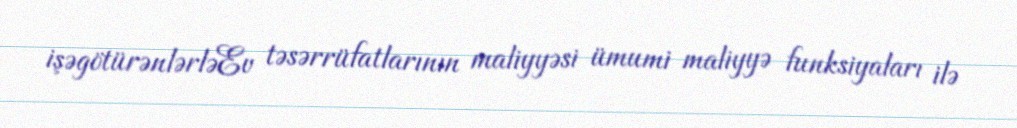
işəgötürənlərləEv təsərrüfatlarının maliyyəsi ümumi maliyyə funksiyaları ilə